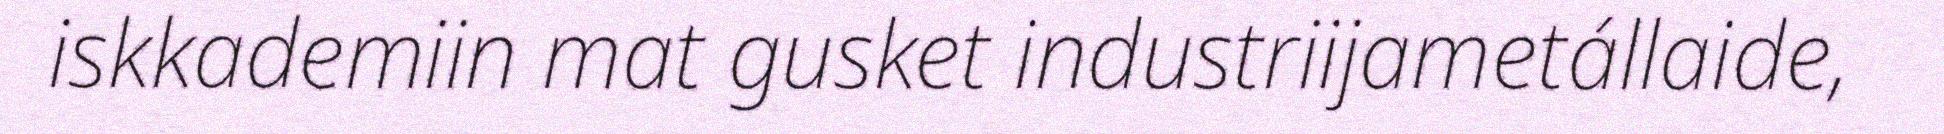
iskkademiin mat gusket industriijametállaide,